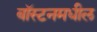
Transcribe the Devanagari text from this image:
बॉस्टनमधील